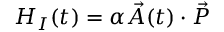
H _ { I } ( t ) = \alpha \vec { A } ( t ) \cdot \vec { P }